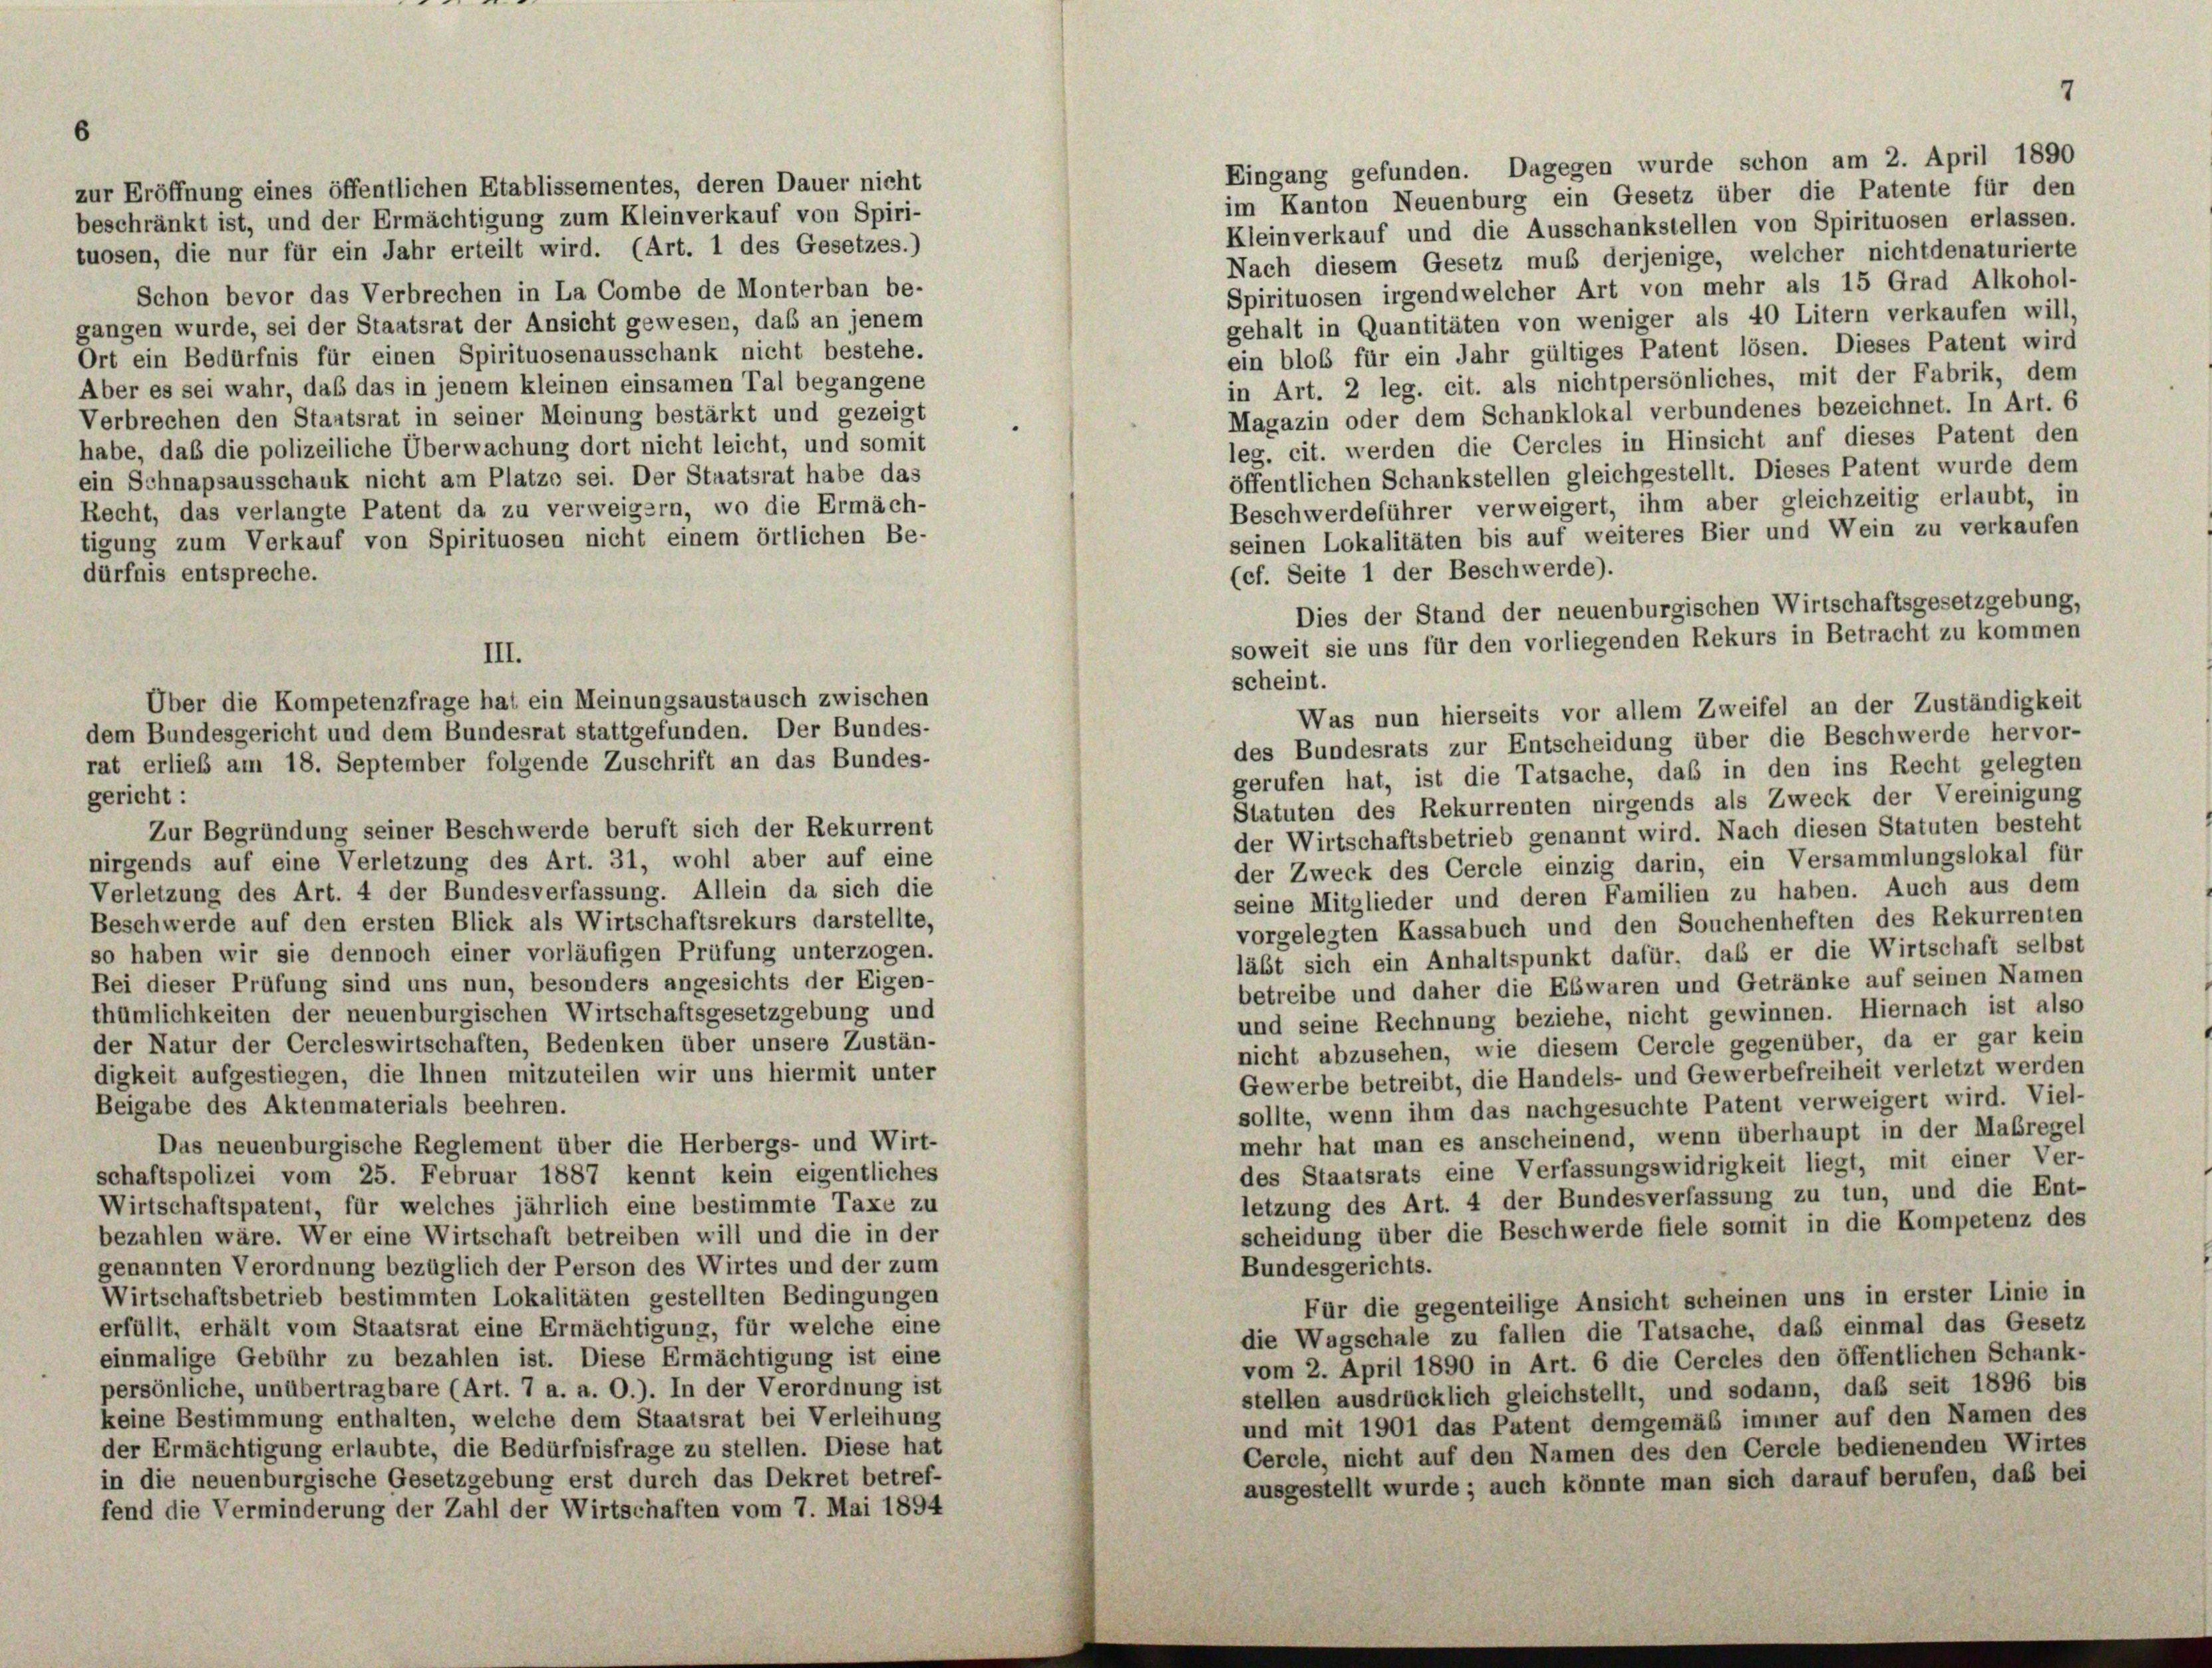
zur Eröffnung eines öffentlichen Etablissementes, deren Dauer nicht
beschränkt ist, und der Ermächtigung zum Kleinverkauf von Spiri-
tuosen, die nur für ein Jahr erteilt wird. (Art. 1 des Gesetzes.)

Schon bevor das Verbrechen in La Combe de Monterban be-
gangen wurde, sei der Staatsrat der Ansicht gewesen, das an jenem
Ort ein Bedürfnis für einen Spirituosenausschank nicht bestehe.
Aber es sei wahr, daß das in jenem kleinen einsamen Tal begangene
Verbrechen den Stantsrat in seiner Meinung bestärkt und gezeigt
habe, daß die polizeiliche Überwachung dort nicht leicht, und somit
ein Schnapsausschauk nicht am Platze sei. Der Staatsrat habe das
Recht, das verlangte Patent da zu verweigern, wo die Ermäch-
tigung zum Verkauf von Spirituosen nicht einem örtlichen Be-
dürfnis entspreche.

Über die Kompetenzfrage hat ein Meinungsaustausch zwischen
dem Bundesgericht und dem Bundesrat stattgefunden. Der Bundes-
rat erlieb am 18. September folgende Zuschrift an das Bundes-
gericht:
Zur Begründung seiner Beschwerde beruft sich der Rekurrent
nirgends auf eine Verletzung des Art. 31, wohl aber auf eine
Verletzung des Art. 4 der Bundesverfassung. Allein da sich die
Beschwerde auf den ersten Blick als Wirtschaftsrekurs darstellte,
so haben wir sie dennoch einer vorläufigen Prüfung unterzogen.
Bei dieser Prüfung sind uns nun, besonders angesichts der Eigen-
thümlichkeiten der neuenburgischen Wirtschaftsgesetzgebung und
der Natur der Cercleswirtschaften, Bedenken über unsere Zustän-
digkeit aufgestiegen, die Ihnen mitzuteilen wir uns hiermit unter
Beigabe des Aktenmaterials beehren.
Das neuenburgische Reglement über die Herbergs- und Wirt-
schaftspolizei vom 25. Februar 1887 kennt kein eigentliches
Wirtschaftspatent, für welches jährlich eine bestimmte Taxe zu
bezahlen wäre. Wer eine Wirtschaft betreiben will und die in der
genannten Verordnung bezüglich der Person des Wirtes und der zum
Wirtschaftsbetrieb bestimmten Lokalitäten gestellten Bedingungen
erfüllt, erhält vom Staatsrat eine Ermächtigung, für welche eine
einmalige Gebühr zu bezahlen ist. Diese Ermächtigung ist eine
persönliche, unübertragbare (Art. 7 a. a. O.). In der Verordnung ist
keine Bestimmung enthalten, welche dem Staatsrat bei Verleihung
der Ermächtigung erlaubte, die Bedürfnisfrage zu stellen. Diese hat
in die neuenburgische Gesetzgebung erst durch das Dekret betref-
fend die Verminderung der Zahl der Wirtschaften vom 7. Mai 1894

Kleinverkauf und die Ausschankstellen von Spirituosen erlassen.
Nach diesem Gesetz muß derjenige, welcher nichtdenaturierte
Spirituosen irgendwelcher Art von mehr als 15 Grad Alkohol-
gehalt in Quantitäten von weniger als 40 Litern verkaufen will,
ein bloß für ein Jahr gültiges Patent lösen. Dieses Patent wird
in Art. 2 leg. cit. als nichtpersönliches, mit der Fabrik, dem
Magazin oder dem Schanklokal verbundenes bezeichnet. In Art. 6
leg. cit. werden die Cercles in Hinsicht auf dieses Patent den
öffentlichen Schankstellen gleichgestellt. Dieses Patent wurde dem
Beschwerdeführer verweigert, ihm aber gleichzeitig erlaubt, in
seinen Lokalitäten bis auf weiteres Bier und Wein zu verkaufen
scheint.
des Bundesrats zur Entscheidung über die Beschwerde hervor-
gerufen hat, ist die Tatsache, daß in den ins Recht gelegten
Statuten des Rekurrenten nirgends als Zweck der Vereinigung
der Wirtschaftsbetrieb genannt wird. Nach diesen Statuten besteht
der Zweck des Cercle einzig darin, ein Versammlungslokal für
seine Mitglieder und deren Familien zu haben. Auch aus dem
vorgelegten Kassabuch und den Souchenheften des Rekurrenten
läßt sich ein Anhaltspunkt dafür, das er die Wirtschaft selbst
betreibe und daher die Ebwaren und Getränke auf seinen Namen
und seine Rechnung beziehe, nicht gewinnen. Hiernach ist also
nicht abzusehen, wie diesem Cercle gegenüber, da er gar kein
Gewerbe betreibt, die Handels- und Gewerbefreiheit verletzt werden
sollte, wenn ihm das nachgesuchte Patent verweigert wird. Viel-
mehr hat man es anscheinend, wenn überhaupt in der Maßregel
des Staatsrats eine Verfassungswidrigkeit liegt, mit einer Ver-
letzung des Art. 4 der Bundesverfassung zu tun, und die Ent-
scheidung über die Beschwerde fiele somit in die Kompetenz des
Bundesgerichts.
Für die gegenteilige Ansicht scheinen uns in erster Linie in
die Wagschale zu fallen die Tatsache, daß einmal das Gesetz
vom 2. April 1890 in Art. 6 die Cercles den öffentlichen Schank-
stellen ausdrücklich gleichstellt, und sodann, daß seit 1896 bis
und mit 1901 das Patent demgemäß immer auf den Namen des
Cercle, nicht auf den Namen des den Cercle bedienenden Wirtes
ausgestellt wurde; auch könnte man sich darauf berufen, daß bei

Eingang gefunden. Dagegen wurde schon am 2. April 1890
im Kanton Neuenburg ein Gesetz über die Patente für den

(cf. Seite 1 der Beschwerde).
Dies der Stand der neuenburgischen Wirtschaftsgesetzgebung,
soweit sie uns für den vorliegenden Rekurs in Betracht zu kommen
Was nun hierseits vor allem Zweifel an der Zuständigkeit